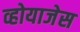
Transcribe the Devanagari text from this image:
व्होयाजेस